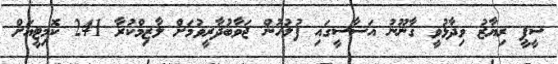
ސީޕީ ރިޔާޒު ވިދާޅުވީ ގާނޫނު އަސާސީގައި ފުލުހުން ޖަވާބުދާރީވުމަށް ލާޒިމްކުރާ 241 ކޮމިޓީއަށް